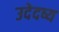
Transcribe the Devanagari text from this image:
उदेदष्य